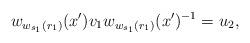
LaTeX: \begin{align*} w_{w_{s_1}(r_1)}(x')v_1w_{w_{s_1}(r_1)}(x')^{-1}=u_2,\end{align*}